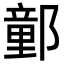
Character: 𨝯